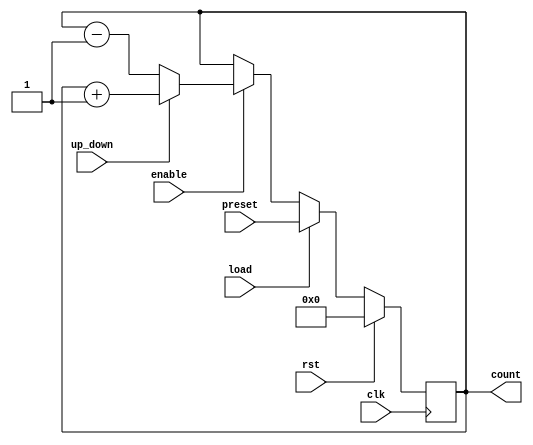
module synchronous_load_counter (
    input wire clk,            // Clock signal
    input wire rst,            // Reset signal (active high)
    input wire load,           // Load signal (active high)
    input wire [7:0] preset,   // Preset value (8-bit)
    input wire enable,         // Count enable signal
    input wire up_down,        // Direction control: 1 for up, 0 for down
    output reg [7:0] count     // Counter value (8-bit)
);

    // Synchronous process
    always @(posedge clk) begin
        if (rst) begin
            // Reset the counter to zero
            count <= 8'b0;
        end else if (load) begin
            // Load the preset value into the counter
            count <= preset;
        end else if (enable) begin
            // Increment or decrement the counter based on up_down signal
            if (up_down) begin
                // Count up
                count <= count + 1;
            end else begin
                // Count down
                count <= count - 1;
            end
        end
    end

endmodule